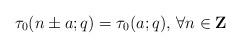
LaTeX: \begin{align*}\tau_0(n\pm a;q)=\tau_0(a;q)\textrm{, }\forall n\in\textbf{Z}\end{align*}